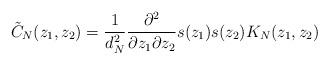
LaTeX: \begin{align*}\tilde{C}_{N}(z_{1},z_{2}) = \frac{1}{d_{N}^{2}}\frac{\partial^{2}}{\partial z_{1} \partial z_{2}}s(z_{1})s(z_{2})K_{N}(z_{1},z_{2})\end{align*}